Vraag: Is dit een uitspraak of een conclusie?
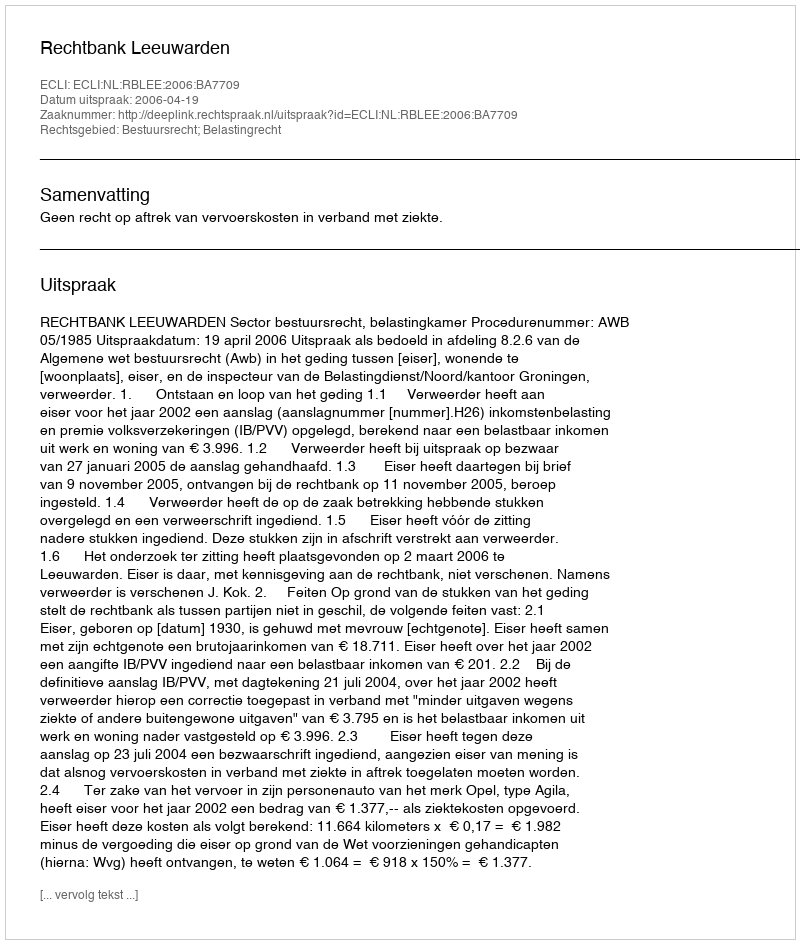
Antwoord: Uitspraak